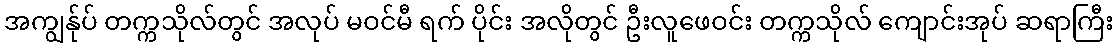
အကျွန်ုပ် တက္ကသိုလ်တွင် အလုပ် မဝင်မီ ရက် ပိုင်း အလိုတွင် ဦးလူဖေဝင်း တက္ကသိုလ် ကျောင်းအုပ် ဆရာကြီး